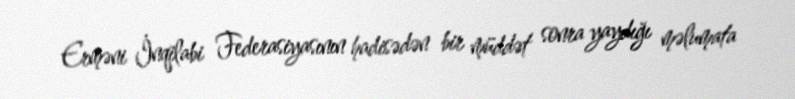
Erməni İnqilabi Federasiyasının hadisədən bir müddət sonra yaydığı məlumata